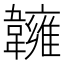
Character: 𩏨